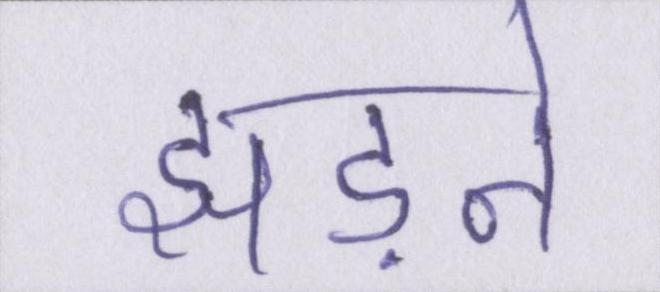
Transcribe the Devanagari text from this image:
झड़ने